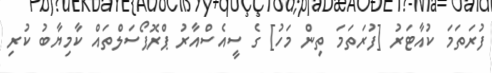
ފުރަތަމަ ކުއާޓަރު [ފުރަތަމަ ތިން މަހު] ގެ ސީއެސްއާރު ޕްރޮޕޯސަލްތައް ކާމިޔާބު ކުރި